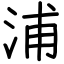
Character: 浦